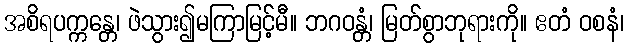
အစိရပက္ကန္တေ၊ ဖဲသွား၍မကြာမြင့်မီ။ ဘဂဝန္တံ၊ မြတ်စွာဘုရားကို။ ဧတံ ဝစနံ၊